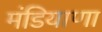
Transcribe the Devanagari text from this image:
मंडियाणा